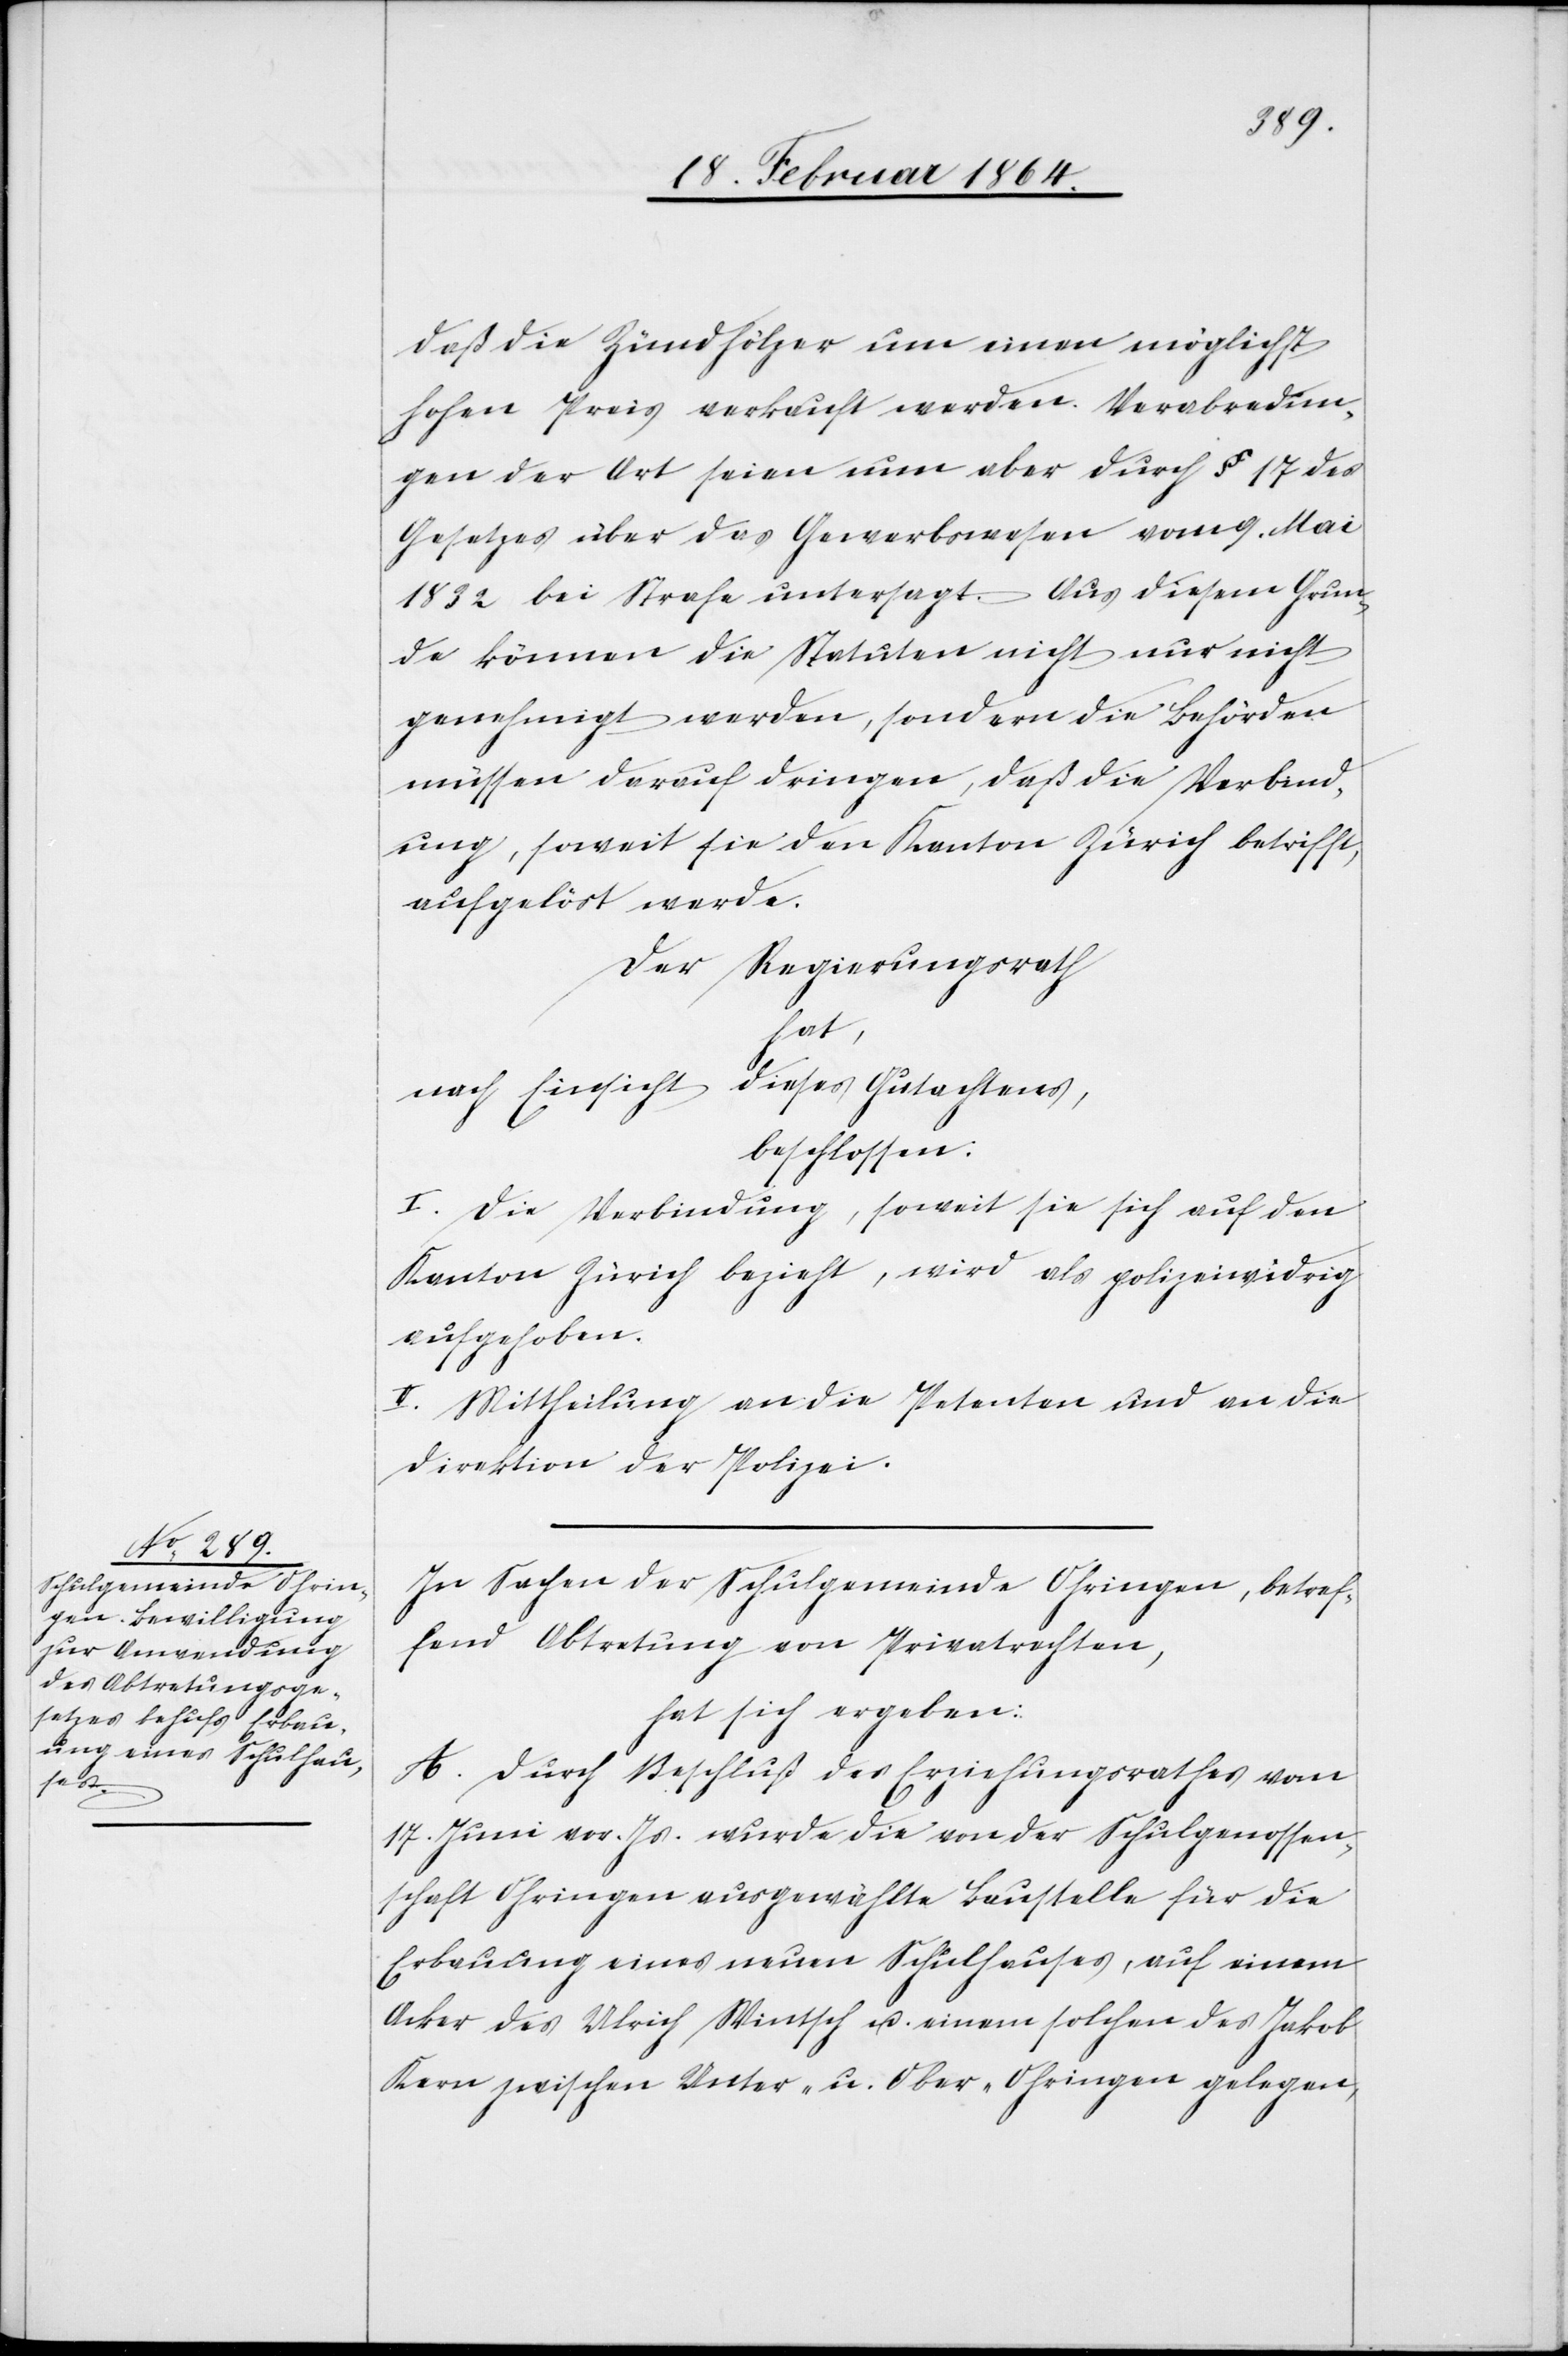
[sic!] die Zündhölzer um einen möglichst
hohen Preis verkauft werden. Verabredun¬
gen der Art seien nun aber durch § 17 des
Gesetzes über das Gewerbswesen vom 9. Mai
1832 bei Strafe untersagt. Aus diesem Grun¬
de können die Statuten nicht nur nicht
genehmigt werden, sondern die Behörden
müssen darauf dringen, daß die Verbind¬
ung, soweit sie den Kanton Zürich betrifft,
aufgelöst werde.
Der Regierungsrath
hat,
nach Einsicht dieses Gutachtens,
beschlossen:
I. Die Verbindung, soweit sie sich auf den
Kanton Zürich bezieht, wird als polizeiwidrig
aufgehoben.
II. Mittheilung an die Petenten und an die
Direktion der Polizei.
In Sachen der Schulgemeinde Ohringen, betref¬
fend Abtretung von Privatrechten,
hat sich ergeben:
A. Durch Beschluß des Erziehungsrathes vom
17. Juni vor. Js. wurde die von der Schulgenossen¬
schaft Ohringen ausgewählte Baustelle für die
Erbauung eines neuen Schulhauses, auf einem
Acker des Ulrich Wintsch u. einem solchen des Jakob
Kern zwischen Unter- u. Ober-Ohringen gelegen,